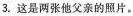
3.这是两张他父亲的照片。